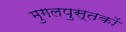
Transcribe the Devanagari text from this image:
मुगलपुस्तकों